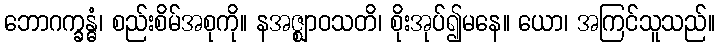
ဘောဂက္ခန္ဓံ၊ စည်းစိမ်အစုကို။ နအဇ္ဈာဝသတိ၊ စိုးအုပ်၍မနေ။ ယော၊ အကြင်သူသည်။